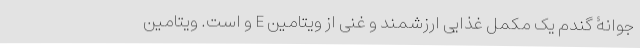
جوانۀ گندم یک مکمل غذایی ارزشمند و غنی از ویتامین E و است. ویتامین